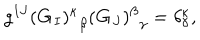
LaTeX: g ^ { I J } { ( { \bf G } _ { I } ) ^ { \kappa } } _ { \beta } { ( { \bf G } _ { J } ) ^ { \beta } } _ { \gamma } = \delta _ { \gamma } ^ { \kappa } ,